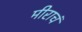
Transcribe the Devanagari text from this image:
मीराचं